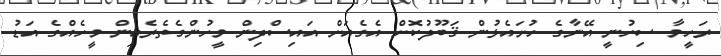
ރަހީމާ ސިހުނީ އޭނާގެ ހުށައެޅުން ޤަބޫލުކޮށް އެގެއަށް އައިސްދިން މީހުންގެތެރެއިން މީހެއްގެ އަޑު